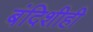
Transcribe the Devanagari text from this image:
बंदिशीही